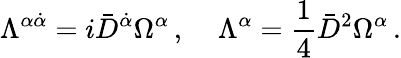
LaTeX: \Lambda^{\alpha\dot{\alpha}}=i\bar{D}^{\dot{\alpha}}\Omega^{\alpha}\, ,\; \; \; \; \Lambda^{\alpha}=\frac{1}{4}\bar{D}^{2}\Omega^{\alpha}\, .